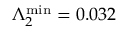
\Lambda _ { 2 } ^ { \mathrm { m i n } } = 0 . 0 3 2